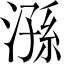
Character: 𣻆